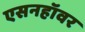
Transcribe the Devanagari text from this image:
एसनहॉवर